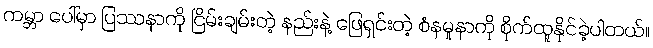
ကမ္ဘာ ပေါ်မှာ ပြဿနာကို ငြိမ်းချမ်းတဲ့ နည်းနဲ့ ဖြေရှင်းတဲ့ စံနမူနာကို စိုက်ထူနိုင်ခဲ့ပါတယ်။